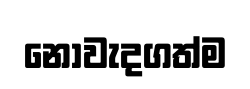
නොවැදගත්ම